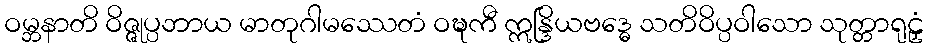
ဝမ္ဘနာတိ ဝိဇ္ဇုပ္ပဘာယ မာတုဂါမဿေတံ ဝဍ္ဎကီ ဣန္ဒြိယဗဒ္ဓေ သတိဝိပ္ပဝါသော သုတ္တာရုဠှံ